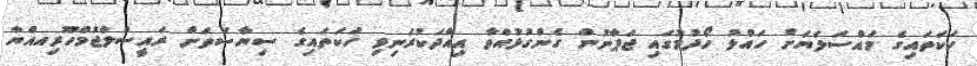
ހަކަތައިގެ މައްސަލަޔަށް ހައްލު ހޯދުމުގައި ޖަޕާނުން ގެންގުޅުއްވާ އިއާދަކުރަނިވި ހަކަތައިގެ ސިޔާސަތަށް ރައީސުލްޖުމްހޫރިއއްޔާ